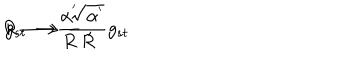
R \longrightarrow \frac { \alpha ^ { ' } } { R } \; , \hspace { 1 c m } g _ { s t } \longrightarrow \frac { \sqrt { \alpha ^ { ' } } } { R } g _ { s t }